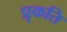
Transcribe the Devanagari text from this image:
प्रृकति